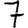
Digit: 7